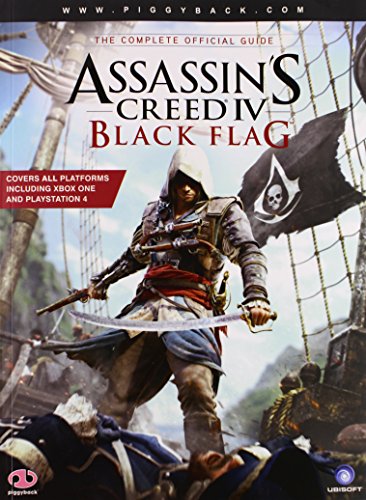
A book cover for Assassin's Creed IV: Black Flag - The Complete Official Guide; Piggyback; Computers & Technology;